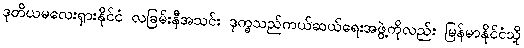
ဒုတိယမလေးရှားနိုင်ငံ လခြမ်းနီအသင်း ဒုက္ခသည်ကယ်ဆယ်ရေးအဖွဲ့ကိုလည်း မြန်မာနိုင်ငံသို့